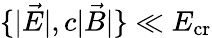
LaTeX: \{ |\vec{E}|,c|\vec{B}|\} \ll E_{\mathrm{cr}}